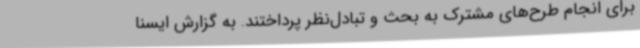
برای انجام طرح‌های مشترک به بحث و تبادل‌نظر پرداختند. به گزارش ایسنا